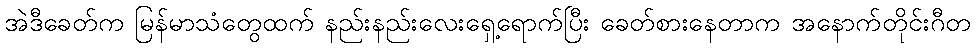
အဲဒီခေတ်က မြန်မာသံတွေထက် နည်းနည်းလေးရှေ့ရောက်ပြီး ခေတ်စားနေတာက အနောက်တိုင်းဂီတ